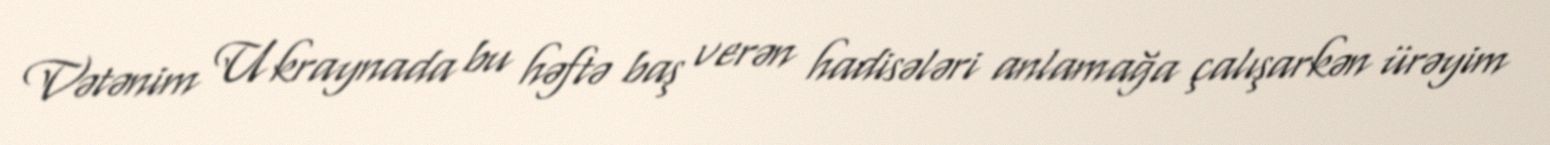
Vətənim Ukraynada bu həftə baş verən hadisələri anlamağa çalışarkən ürəyim